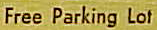
Free Parking Lot